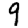
Digit: 9